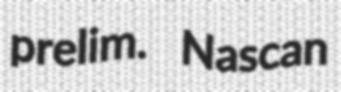
prelim. Nascan